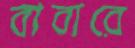
বাবারে